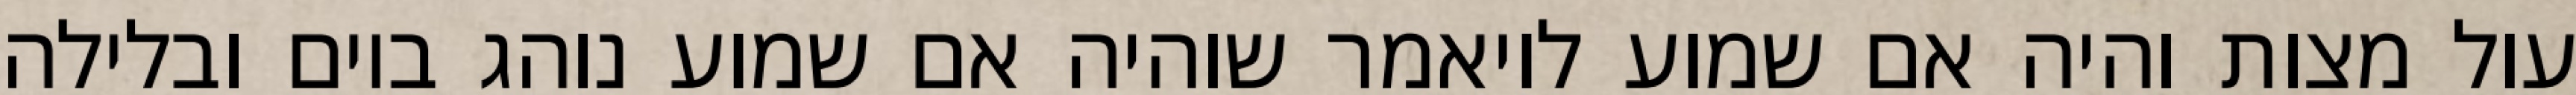
עול מצות והיה אם שמוע לויאמר שוהיה אם שמוע נוהג ביום ובלילה